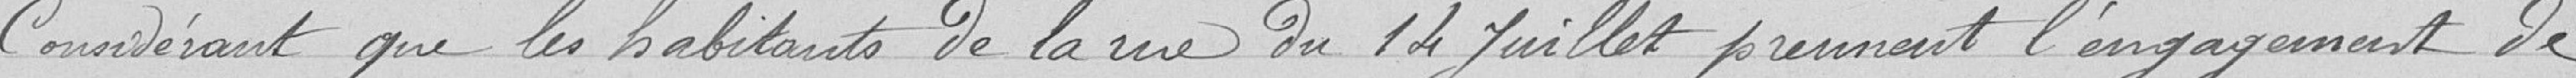
Considérant que les habitants de la rue du 14 Juillet prennent l'engagement de